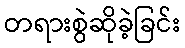
တရားစွဲဆိုခဲ့ခြင်း